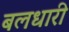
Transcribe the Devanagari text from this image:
बलधारी